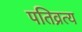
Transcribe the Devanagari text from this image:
पतिव्रत्य